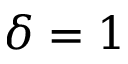
\delta = 1